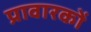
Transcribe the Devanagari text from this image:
प्रावारकों